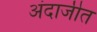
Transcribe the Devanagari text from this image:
अंदाजीत